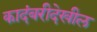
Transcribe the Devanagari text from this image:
कादंबरीदेखील